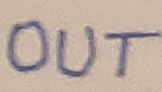
Text: OUT